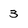
Character: 3